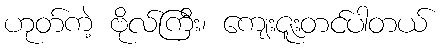
ဟုတ်ကဲ့ ဗိုလ်ကြီး၊ ကျေးဇူးတင်ပါတယ်